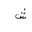
Letter: _shin